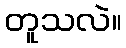
တူသလဲ။